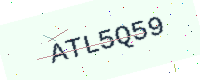
Text: ATL5Q59